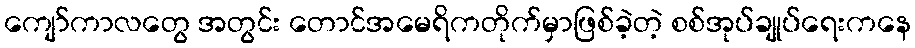
ကျော်ကာလတွေ အတွင်း တောင်အမေရိကတိုက်မှာဖြစ်ခဲ့တဲ့ စစ်အုပ်ချုပ်ရေးကနေ